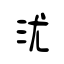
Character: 沋